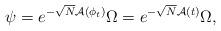
LaTeX: \begin{align*}\psi_{} = e^{-\sqrt{N}\mathcal{A}(\phi_t)}\Omega=e^{-\sqrt{N}\mathcal{A}(t)}\Omega,\end{align*}